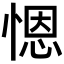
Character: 𢞴